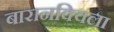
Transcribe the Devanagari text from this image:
बारानक्विला